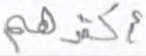
أكثرهم